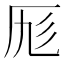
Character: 𠩇